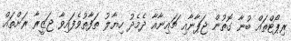
ރިޕޯޓްތައް ބުނާ ގޮތުން ޖަޕާނާއި ޗައިނާއާ ދެމެދު ހިޔާލު ތަފާތުވެފައިވާ ޖަޒީރާ ރަށްތައް